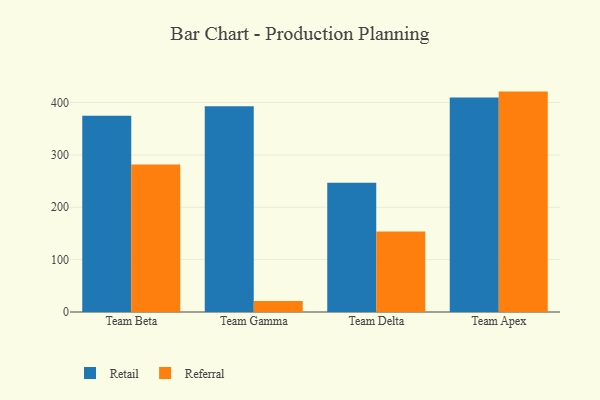
{"axis": {"x": "Team", "y": "Net Income (USD K)"}, "legend": ["Referral", "Retail"], "data": [{"x": "Team Beta", "y": 375.0, "type": "Retail"}, {"x": "Team Beta", "y": 281.8, "type": "Referral"}, {"x": "Team Gamma", "y": 392.9, "type": "Retail"}, {"x": "Team Gamma", "y": 21.2, "type": "Referral"}, {"x": "Team Delta", "y": 246.7, "type": "Retail"}, {"x": "Team Delta", "y": 153.9, "type": "Referral"}, {"x": "Team Apex", "y": 409.7, "type": "Retail"}, {"x": "Team Apex", "y": 420.9, "type": "Referral"}]}